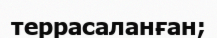
террасаланған;